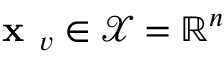
\textbf { x } _ { v } \in \mathcal { X } = \mathbb { R } ^ { n }